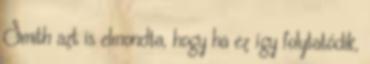
Smith azt is elmondta, hogy ha ez így folytatódik,